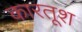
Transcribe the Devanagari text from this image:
कारतूश